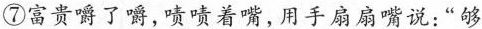
⑦富贵嚼了嚼,啧啧着竭,用手扇扇嘴说:“够